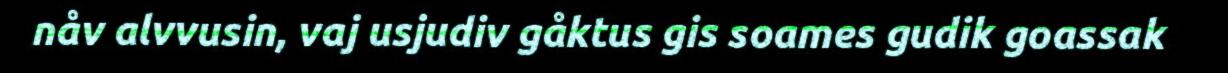
nåv alvvusin, vaj usjudiv gåktus gis soames gudik goassak